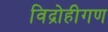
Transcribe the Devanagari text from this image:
विद्रोहीगण